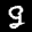
Label: 9